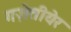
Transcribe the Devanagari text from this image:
गज़ेतीयेर